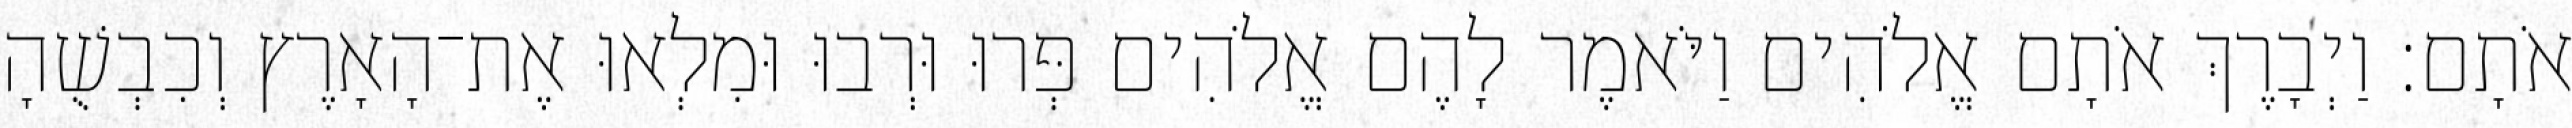
אֹתָם׃ וַיְבָרֶךְ אֹתָם אֱלֹהִים וַיֹּאמֶר לָהֶם אֱלֹהִים פְּרוּ וּרְבוּ וּמִלְאוּ אֶת־הָאָרֶץ וְכִבְשֻׁהָ